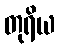
တုရိယ